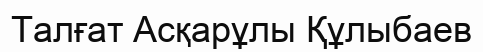
Талғат Асқарұлы Құлыбаев